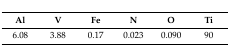
| Al | V | Fe | N | O | Ti |
 | --- | --- | --- | --- | --- | --- |
 | 6.08 | 3.88 | 0.17 | 0.023 | 0.090 | 90 |